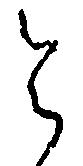
令